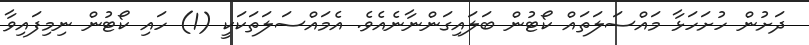
ދަށުން ހުށަހަޅާ މައްސަލަތައް ކޯޓުން ބަލައިގަންނާނެއެވެ. އެމައްސަލަތަކަކީ (1) ހައި ކޯޓުން ނިމިފައިވާ